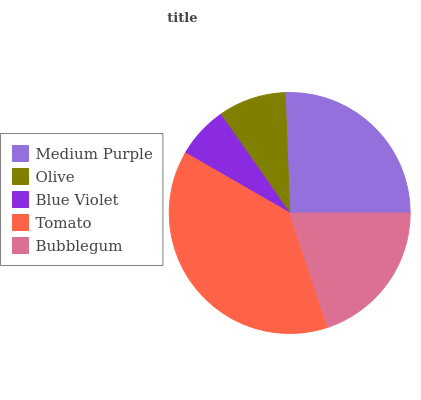
| Medium Purple | Olive | Blue Violet | Tomato | Bubblegum |
 | --- | --- | --- | --- | --- |
 | 25.6% | 9.09% | 6.96% | 38.5% | 19.9% |